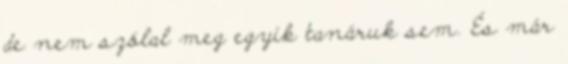
de nem szólal meg egyik tanáruk sem. És már